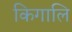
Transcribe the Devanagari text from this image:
किगालि